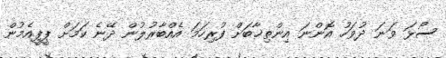
ސޯޅަ ވަނަ ދުވަހު އޮންނަ އިންތިޚާބަށް ފުރިހަމަ އެއްބާރުލުން ދޭނެ ކަމަށް ޕީޕީއެމުން